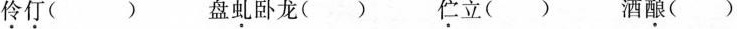
伶仃() 盘虬卧龙() 伫立() 酒酿()